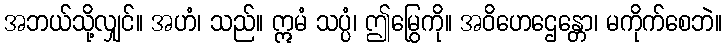
အဘယ်သို့လျှင်။ အဟံ၊ သည်။ ဣမံ သပ္ပံ၊ ဤမြွေကို။ အဝိဟေဌေန္တော၊ မကိုက်စေဘဲ။